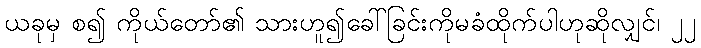
ယခုမှ စ၍ ကိုယ်တော်၏ သားဟူ၍ခေါ်ခြင်းကိုမခံထိုက်ပါဟုဆိုလျှင်၊ ၂၂